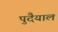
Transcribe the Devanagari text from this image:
पुदैयाल